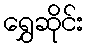
ရွှေဆိုင်း